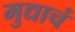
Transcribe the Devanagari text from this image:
मुद्याचं